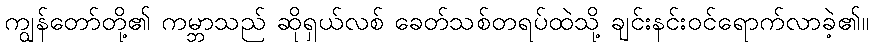
ကျွန်တော်တို့၏ ကမ္ဘာသည် ဆိုရှယ်လစ် ခေတ်သစ်တရပ်ထဲသို့ ချင်းနင်းဝင်ရောက်လာခဲ့၏။